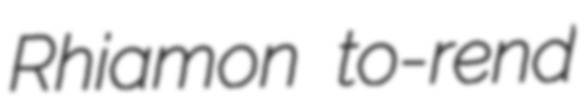
Rhiamon to-rend